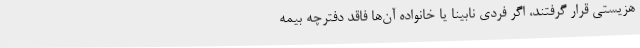
هزیستی قرار گرفتند، اگر فردی نابینا یا خانواده آن‌ها فاقد دفترچه بیمه